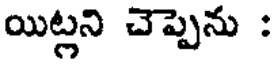
యిట్లని చెప్పెను :